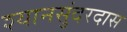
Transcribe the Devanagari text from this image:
श्यानसुंदरदास